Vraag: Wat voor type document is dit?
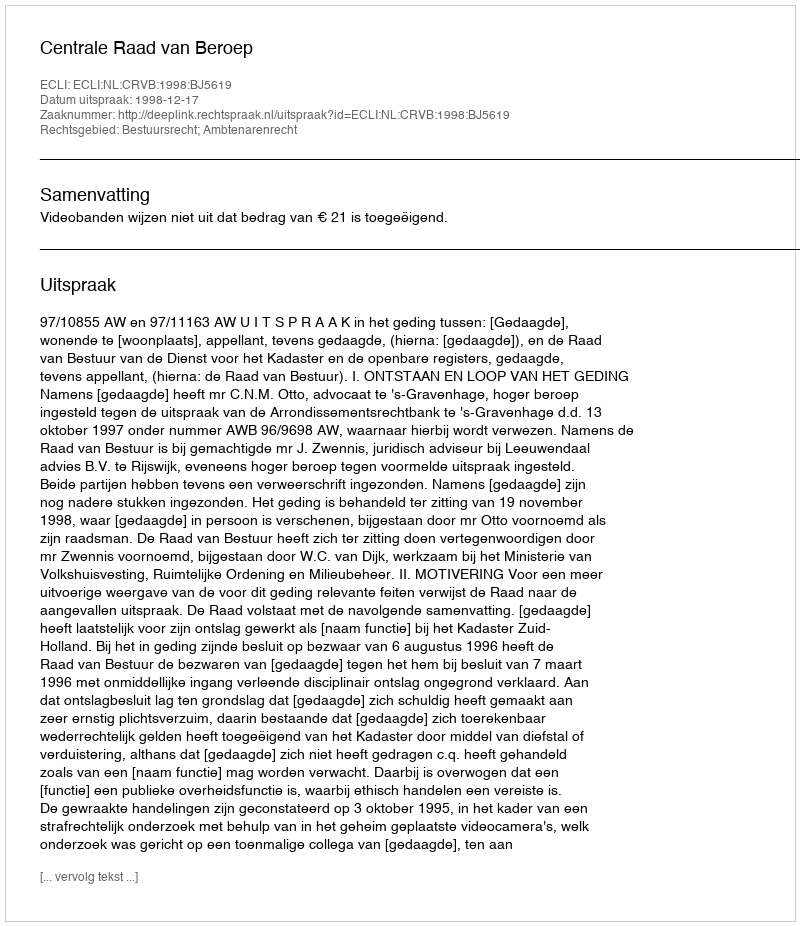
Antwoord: Uitspraak